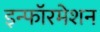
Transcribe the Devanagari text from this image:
इन्फॉरमेशन